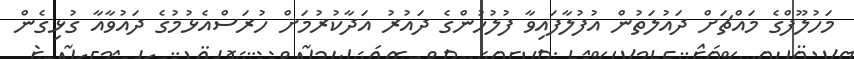
މަހުލޫފްގެ މައްޗަށް ދައުލަތުން އުފުލާފައިވާ ފުލުހުންގެ ދައުރު އަދާކުރުމަށް ހުރަސްއެޅުމުގެ ދައުވާއާ ގުޅިގެން